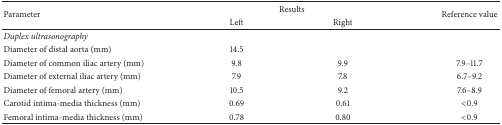
<table><thead><tr><td rowspan="2"><b>Parameter</b></td><td colspan="2"><b>Results</b></td><td rowspan="2"><b>Reference value</b></td></tr><tr><td><b>Left</b></td><td><b>Right</b></td></tr></thead><tbody><tr><td><i>Duplex ultrasonography</i></td><td> </td><td> </td><td> </td></tr><tr><td>Diameter of distal aorta (mm)</td><td>14.5</td><td> </td><td> </td></tr><tr><td>Diameter of common iliac artery (mm)</td><td>9.8</td><td>9.9</td><td>7.9–11.7</td></tr><tr><td>Diameter of external iliac artery (mm)</td><td>7.9</td><td>7.8</td><td>6.7–9.2</td></tr><tr><td>Diameter of femoral artery (mm)</td><td>10.5</td><td>9.2</td><td>7.6–8.9</td></tr><tr><td>Carotid intima-media thickness (mm)</td><td>0.69</td><td>0.61</td><td>&lt;0.9</td></tr><tr><td>Femoral intima-media thickness (mm)</td><td>0.78</td><td>0.80</td><td>&lt;0.9</td></tr></tbody></table>